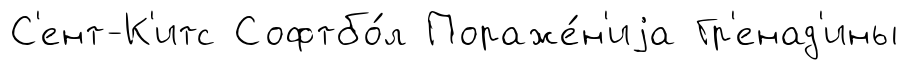
С'ент-К'итс Софтбо́л Пораже́н'иjа Гр'енад'ины